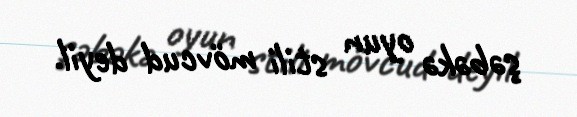
şəbəkə oyun stili mövcud deyil.